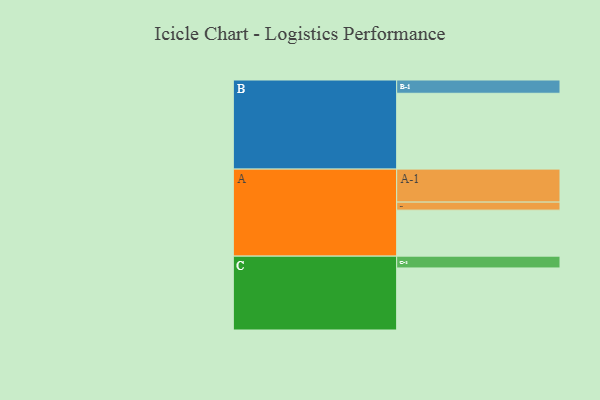
{"axis": {"x": "Segment", "y": "Value"}, "legend": ["", "A", "B", "C"], "data": [{"x": "A", "y": 350, "type": ""}, {"x": "B", "y": 577, "type": ""}, {"x": "C", "y": 472, "type": ""}, {"x": "A-1", "y": 251, "type": "A"}, {"x": "A-2", "y": 61, "type": "A"}, {"x": "B-1", "y": 101, "type": "B"}, {"x": "C-1", "y": 90, "type": "C"}]}